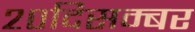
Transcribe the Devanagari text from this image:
२०दिसम्बर